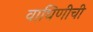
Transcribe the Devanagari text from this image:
वाघिणीची